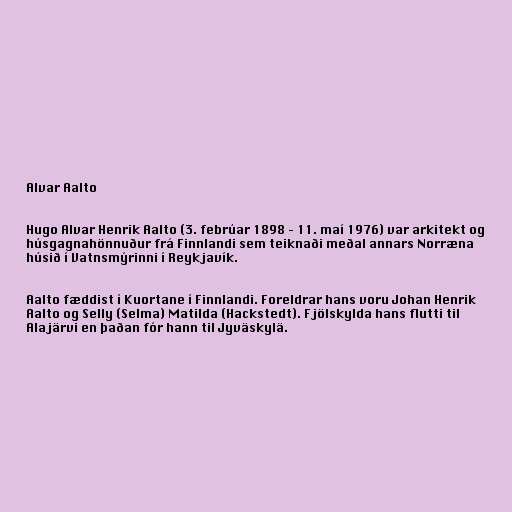
Alvar Aalto

Hugo Alvar Henrik Aalto (3. febrúar 1898 – 11. maí 1976) var arkitekt og
húsgagnahönnuður frá Finnlandi sem teiknaði meðal annars Norræna
húsið í Vatnsmýrinni í Reykjavík.

Aalto fæddist í Kuortane í Finnlandi. Foreldrar hans voru Johan Henrik
Aalto og Selly (Selma) Matilda (Hackstedt). Fjölskylda hans flutti til
Alajärvi en þaðan fór hann til Jyväskylä.